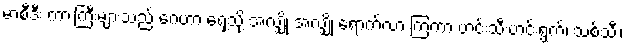
မာစီဒီး ကားကြီးများသည် ဂေဟာ ရှေ့သို့ အလျှို အလျှို ရောက်လာ ကြကာ ဟင်းသီးဟင်းရွက်၊ သစ်သီး၊